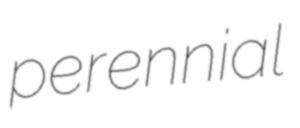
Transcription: perennial